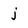
Character: j